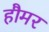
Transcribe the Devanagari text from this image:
हौमर